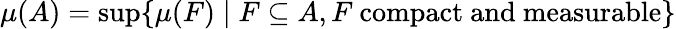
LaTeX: \mu(A)=\operatorname*{sup}\{ \mu(F)\mid F\subseteq A,F{\mathrm{~compact~and~measurable}}\}